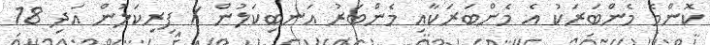
ކޮންމެ މެންބަރަކު އެ މެންބަރަކާއި މެންބަރު އަނބިކަލުން / ފިރިކަލުން އަދި 18